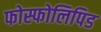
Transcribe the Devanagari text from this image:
फोस्फोलिपिड